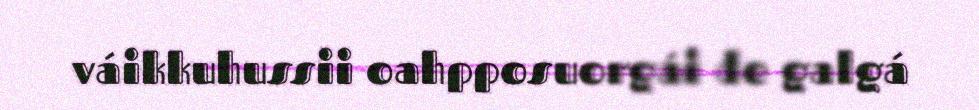
váikkuhussii oahpposuorgái de galgá